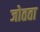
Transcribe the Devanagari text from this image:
जोतता